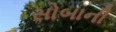
સોબાની